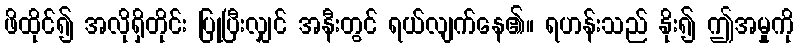
ဖိထိုင်၍ အလိုရှိတိုင်း ပြုပြီးလျှင် အနီးတွင် ရယ်လျက်နေ၏။ ရဟန်းသည် နိုး၍ ဤအမှုကို